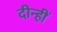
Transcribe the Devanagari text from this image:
दीन्‍हीं